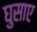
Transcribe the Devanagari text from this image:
घुसाए